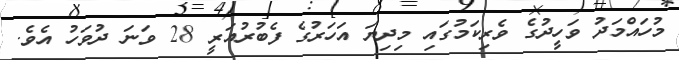
މުހައްމަދު ވަހީދުގެ ވެރިކަމުގައި މިދިޔަ އަަހަރުގެ ފެބުރުއަރީ 28 ވަނަ ދުވަހު އެވެ.